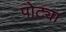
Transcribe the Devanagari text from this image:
पोट्या